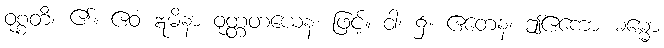
ဝုစ္စတိ၊ ၏။ ဧဝံ ဣမိနာ ဝုတ္တတယေန၊ ဖြင့်။ ဝါ၊ ၌။ ဧတေန၊ ဤဧကော ဓမ္မော